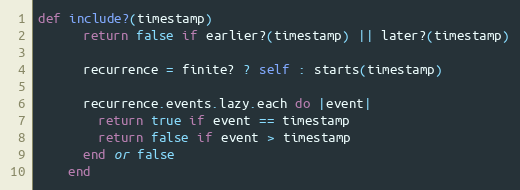
Language: Ruby
def include?(timestamp)
      return false if earlier?(timestamp) || later?(timestamp)

      recurrence = finite? ? self : starts(timestamp)

      recurrence.events.lazy.each do |event|
        return true if event == timestamp
        return false if event > timestamp
      end or false
    end